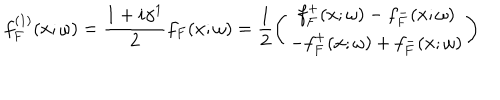
LaTeX: f _ { F } ^ { ( 1 ) } ( x ; \omega ) = \frac { 1 + i \gamma ^ { 1 } } { 2 } f _ { F } ( x ; \omega ) = \frac { 1 } { 2 } \left( \begin{array} { c } { { f _ { F } ^ { + } ( x ; \omega ) - f _ { F } ^ { - } ( x ; \omega ) } } \\ { { - f _ { F } ^ { + } ( x ; \omega ) + f _ { F } ^ { - } ( x ; \omega ) } } \\ \end{array} \right)